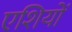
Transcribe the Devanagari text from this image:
एशियों